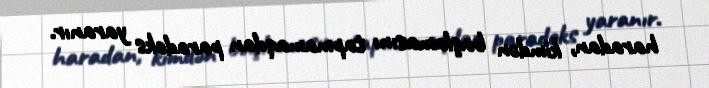
haradan, kimdən başlamasını tapmamaqdan paradoks yaranır.